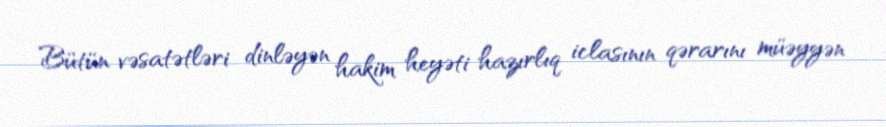
Bütün vəsatətləri dinləyən hakim heyəti hazırlıq iclasının qərarını müəyyən